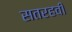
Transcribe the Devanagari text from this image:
सतरहवी